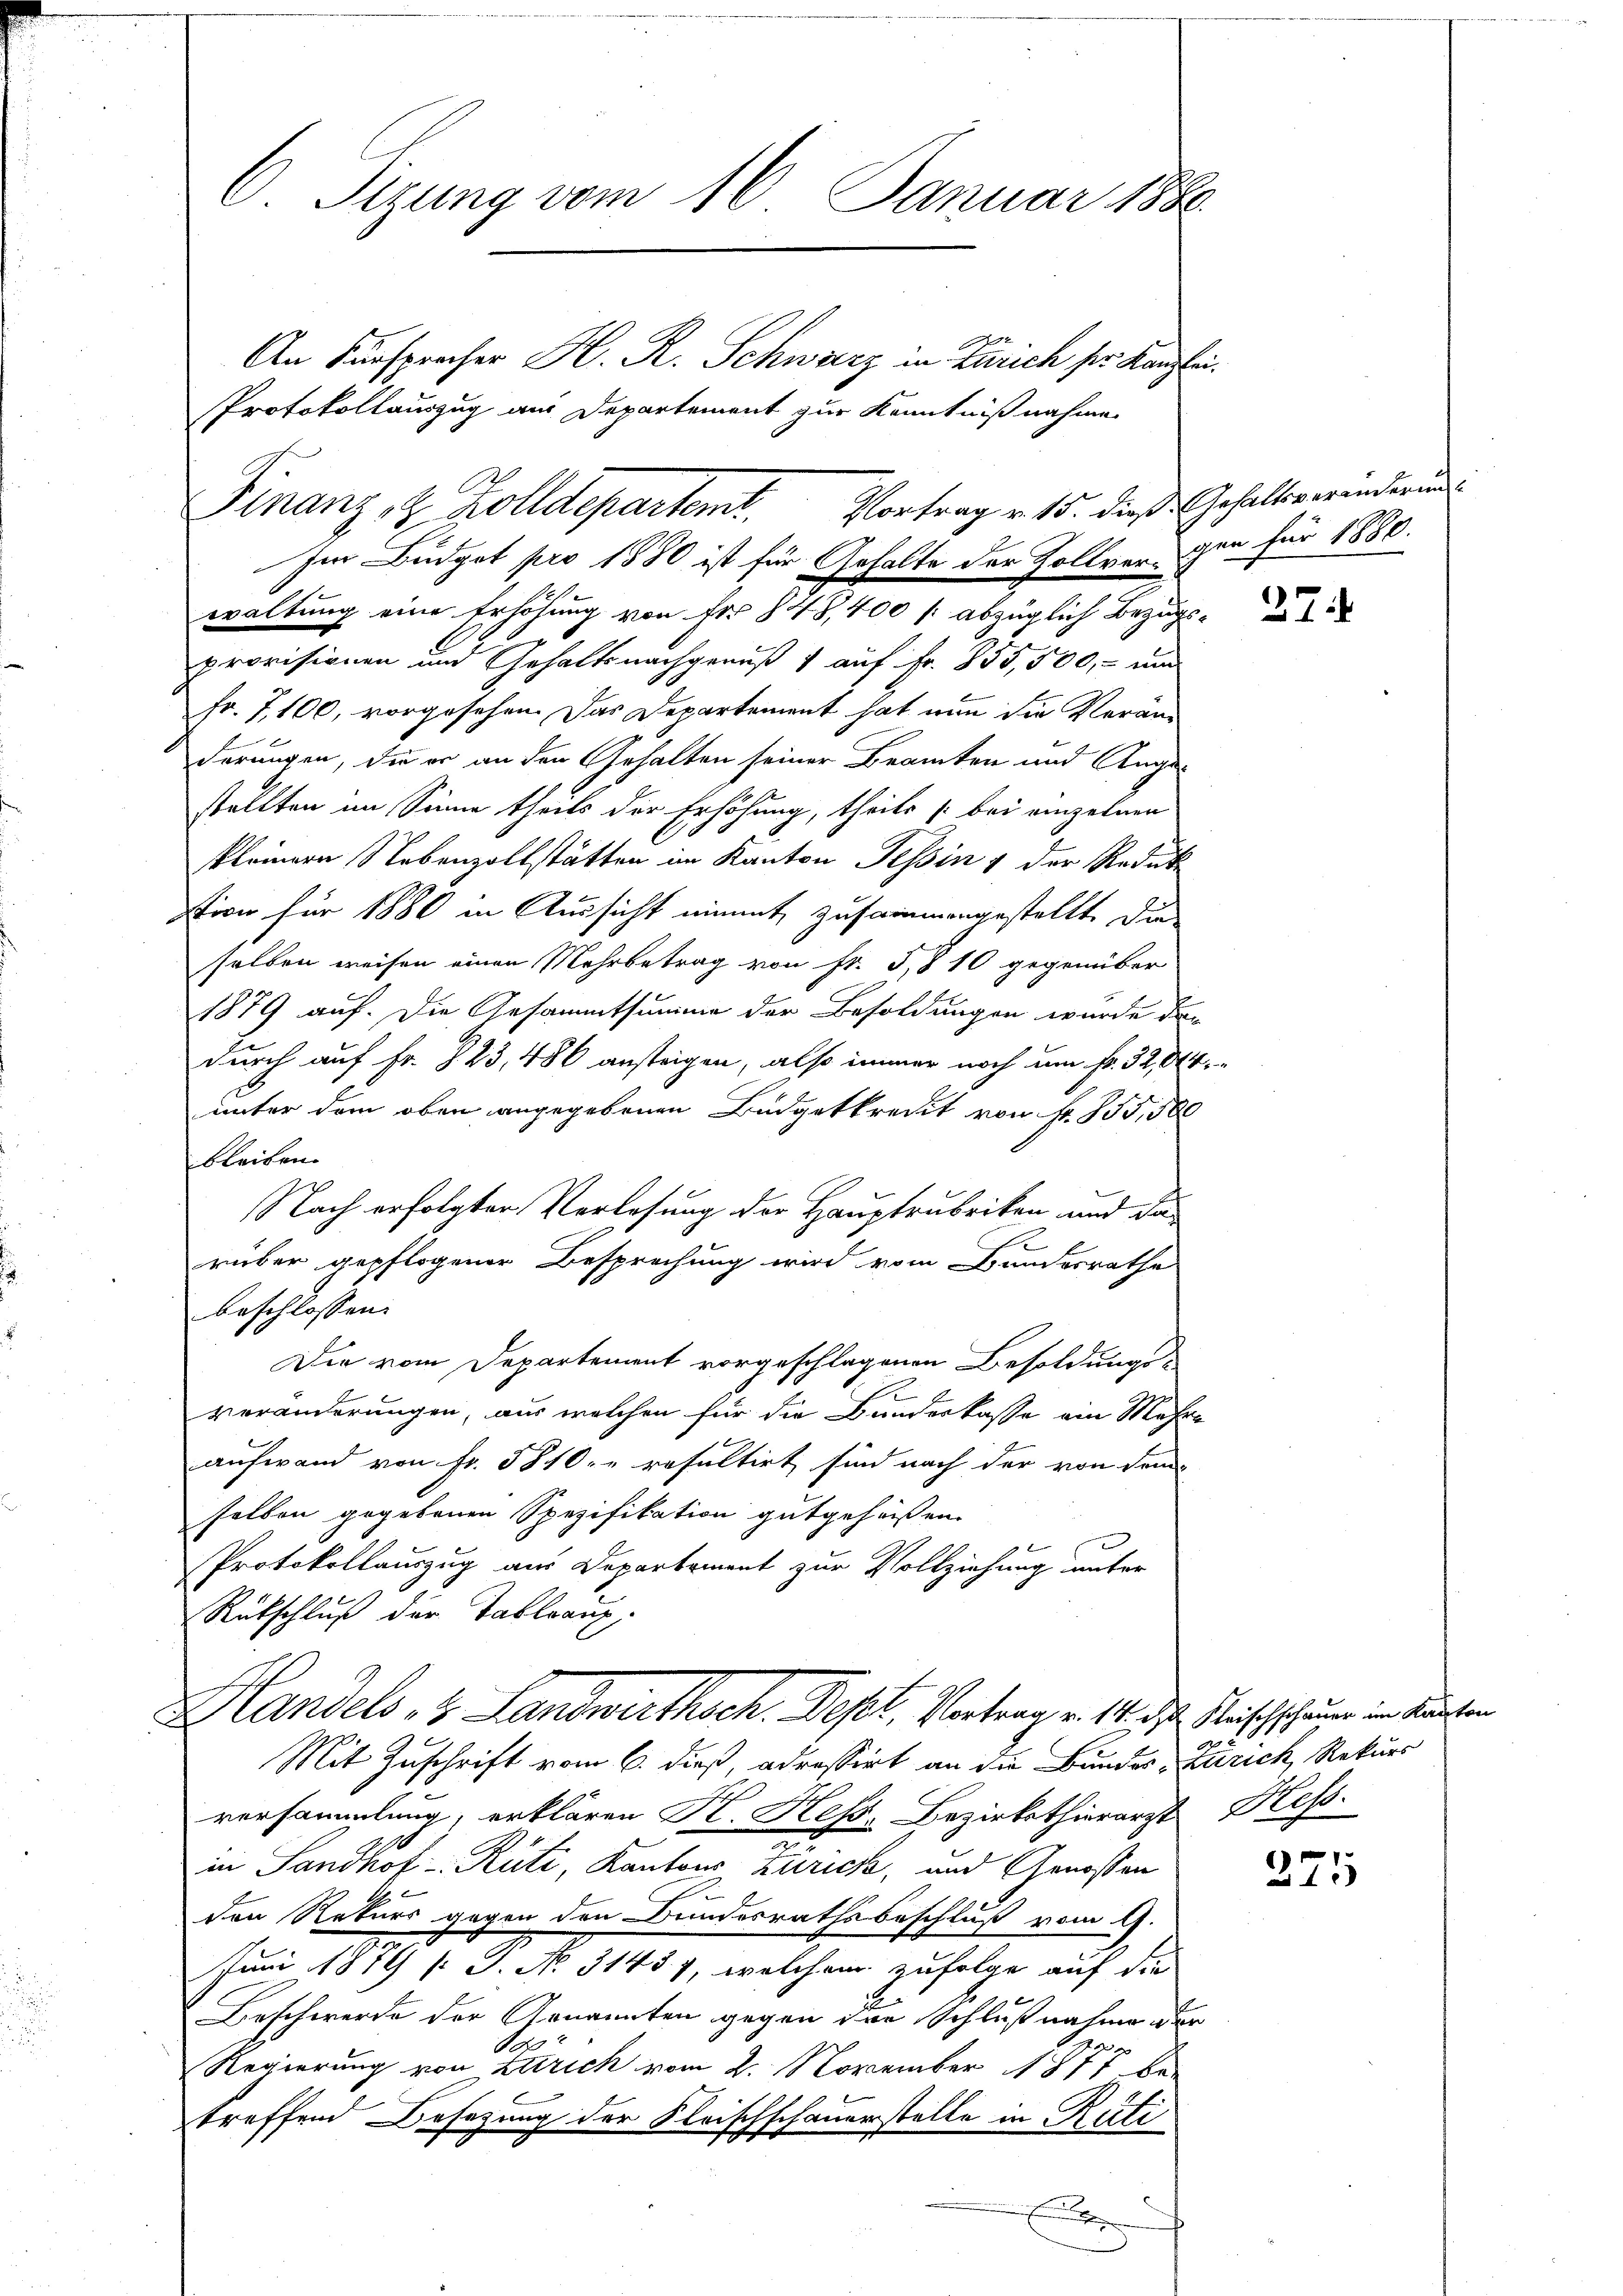
C. Sizung vom 16. Januar 1880
An Fürsprecher H. R. Schwarz in Zürich ser Kanzli¬
Protokollauszug aus Departement zur Kenntnißnahme

Finanz, 2 Zolldepartemt. Vortrag v. 15. dieß Gehaltenerenderun
Im Budget pro 1880 ist für Gehalte der Zollvorgen für 1888.

waltung eine Erhöhung von Fr. 848, 400 / abzüglich Bezugsprovisionen und Gehaltsnachgenuß 1 auf Fr. 855,500, - und
Fr. 7, 100, vorgesehen. Das Departement hat nun die Veranderungen, die er an den Gehalten seiner Beamten und Angestellten im Sinne theils der Erhöhung, theils (bei einzelnen
kleinere Nebenzollstätten im Kanton Tessin & der Reduk
tion für 1880 in Aussicht nimmt, zusammengestellte die
selben weisen einen Mehrbetrag von Fr. 5, § 10 gegenüber
1879 auf. Die Gesammtsumme der Besoldungen wurde dar
durch auf Fr. 823, 486 ansteigen, also immer noch um fr. 52,044.
unter dem oben angegebenen Budgetkredit von Fr. 835,500
bleiben.
Nach erfolgten Vorlesung der Hauptrubriken und da
2
rüber gepflogener Besprechung wird vom Bundesrathe
beschlossen:
Die vom Departement vorgeschlagenen Besoldungs-
u
veränderungen, aus welchen für die Bundeskasse ein Mehre
aufwand von Fr. 5810 - resultirt sind nach der von dem
selben gegebenen Spezifikation gutgeheißen.
Protokollauszug aus Departement zur Vollziehung unter
Rütschluß der Tableaux.
Handels 4. Landwirthsch. Dept, Vortrag v. 14. ds. Menschschauer in darschen
Mit Zuschrift vom 6. dieß adressirt an die Bundes Zürich, Rekurs
versammlung, erklären Fl. Hess. Bezirksthierarzt Kess.
in Sandhof. Rüti, Kantons Zürich, und Genossen
den Rekurs gegen den Bundesrathsbeschluß vom 9.
Juni 1879 f. J. No. 31457, welchem zufolge auf die
Beschwerde der Genannten gegen der Schlußnahme der
E
.
2
Regierung von Zürich vom 2. November 1871 be-
treffend Besatzung der Kleischschauerstelle in Rüti
x

27

.
225